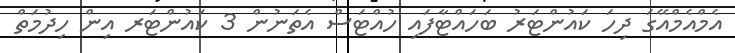
އެމްއެމްއޭގަ ދިހަ ކައުންޓަރު ބަހައްޓާފައި ހުއްޓަސް އެތަނުން 3 ކައުންޓަރ އިން ހިދުމަތް